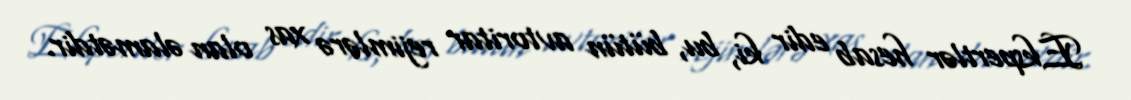
Ekspertlər hesab edir ki, bu, bütün avtoritar rejimlərə xas olan əlamətdir.